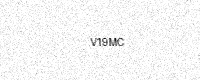
Text: V19MC